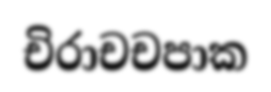
චිරාචචපාක